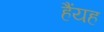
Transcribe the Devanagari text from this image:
हैंयह